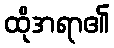
ထိုအရာ၏